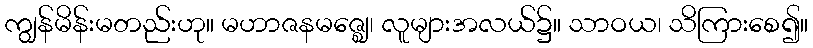
ကျွန်မိန်းမတည်းဟု။ မဟာဇနမဇ္ဈေ၊ လူများအလယ်၌။ သာဝယ၊ သိကြားစေ၍။